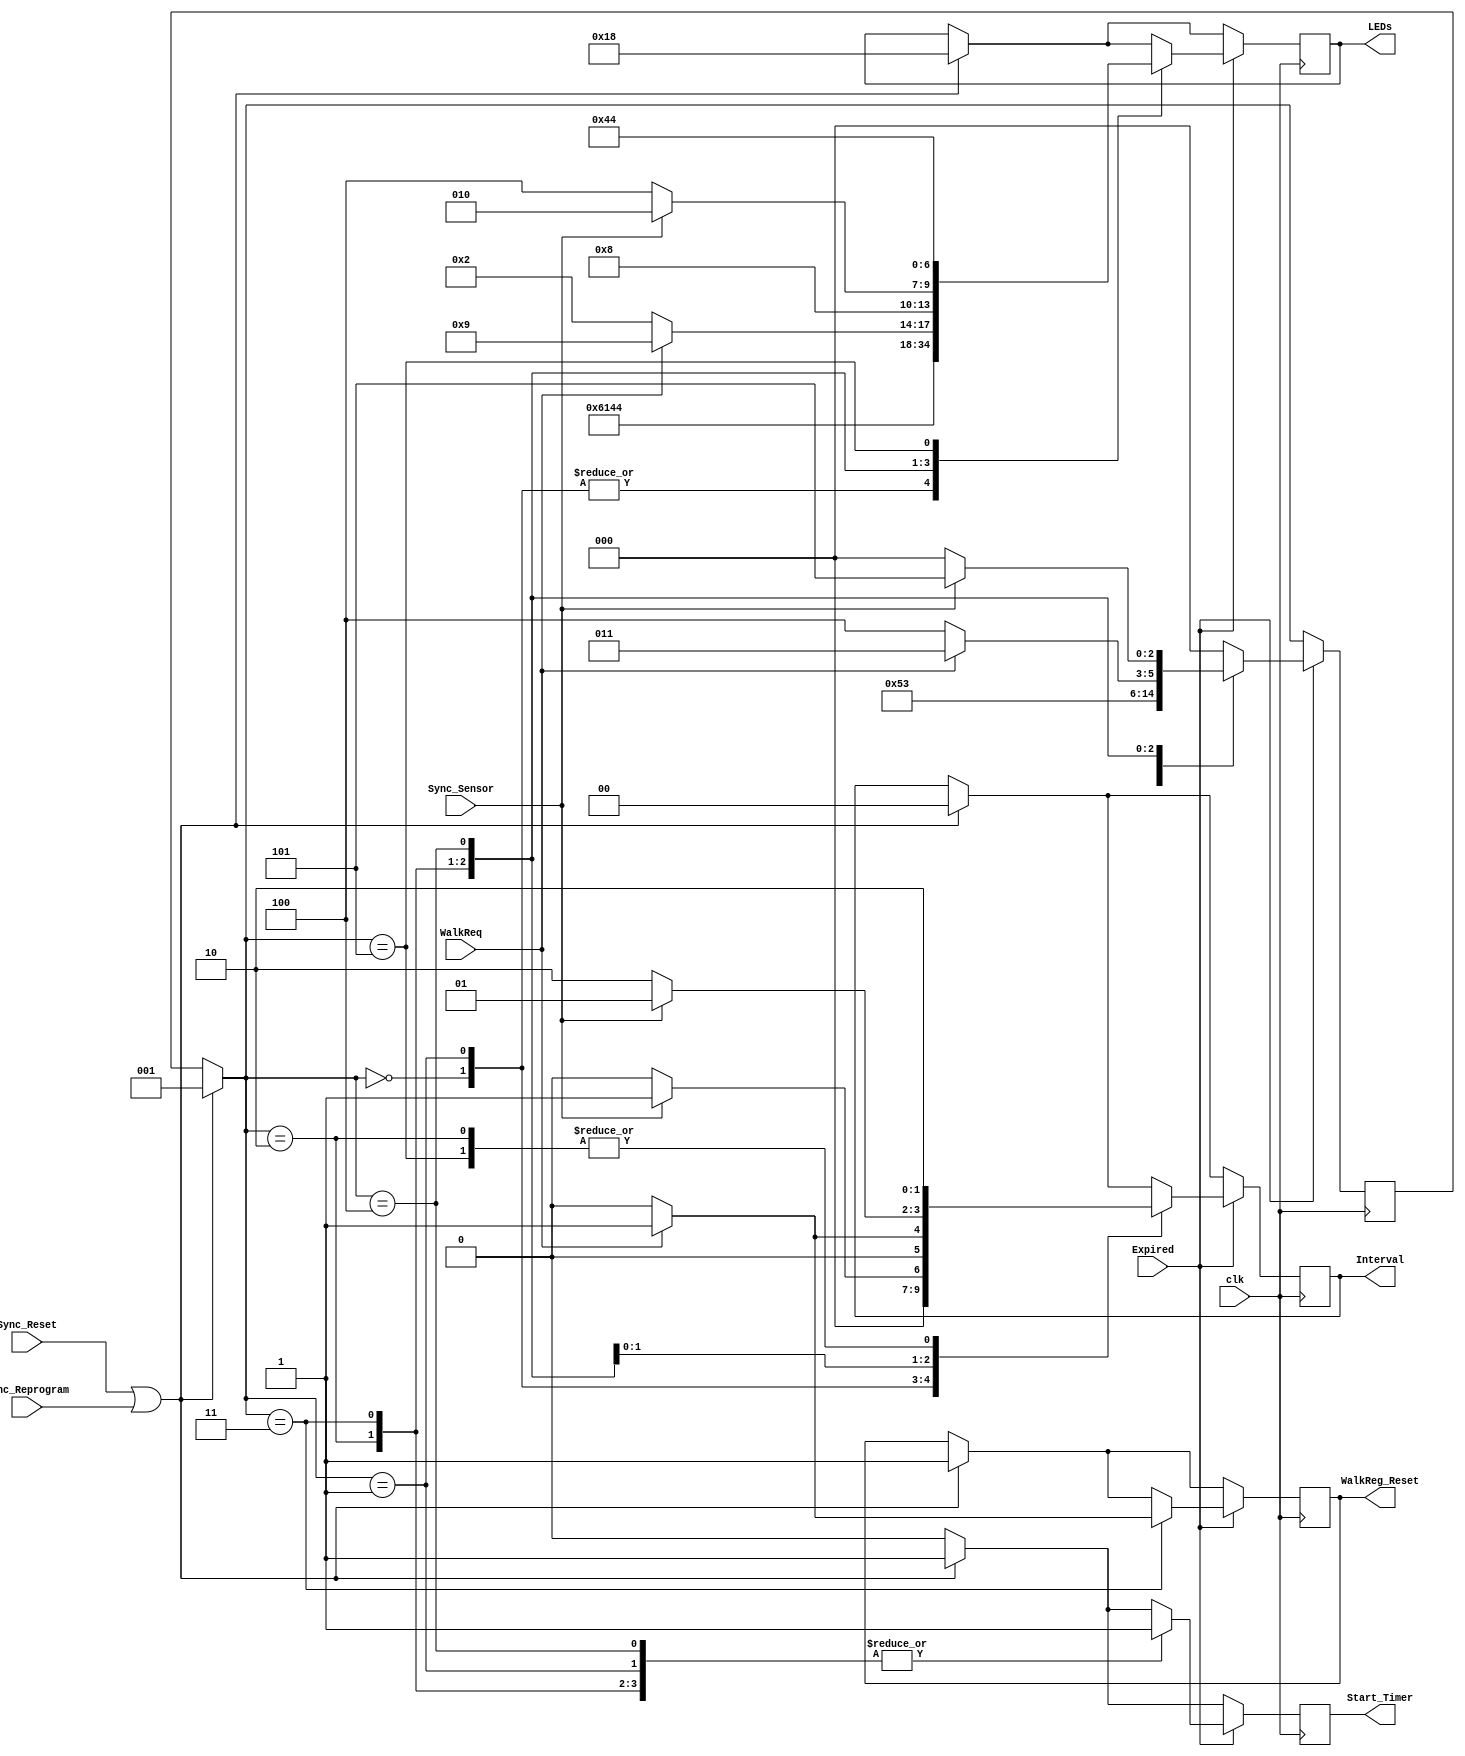
`timescale 1ns / 1ps
//////////////////////////////////////////////////////////////////////////////////
// Company: 
// Engineer: 
// 
// Design Name: 
// Module Name: FSM
// Project Name: 
// Target Devices: 
// Tool Versions: 
// Description: 
// 
// Dependencies: 
// 
// Revision:
// Revision 0.01 - File Created
// Additional Comments:
// 
//////////////////////////////////////////////////////////////////////////////////
// LED sequence  : [Rm,Ym,Gm,Rs,Ys,Gs,Walk]
module FSM(
    input Sync_Sensor,
    input WalkReq,
    input Expired,
    input Sync_Reprogram,
    input Sync_Reset,
    input clk,
    output reg WalkReg_Reset,
    output reg [6:0] LEDs,
    output reg [1:0] Interval,
    output reg Start_Timer
    );
	 
	 		
	reg [2:0] state;
	localparam Gm = 7'b0011000, //Main green
                Ym = 7'b0101000, //Main yellow
                Gs = 7'b1000010, //Side green
                Ys = 7'b1000100, //Side yellow
                Walk = 7'b1001001; //walk
	 
	always @(posedge clk) begin
        Start_Timer = 0;
        if (Sync_Reset | Sync_Reprogram) begin 
            WalkReg_Reset = 1;
            LEDs = Gm;
            Interval = 2'b00;
            
            Start_Timer=1;
            state = 1;
        end
    
        if (Expired) begin
            case (state)
                0: begin            // A 
                    LEDs = Gm;
                    Interval = 2'b00;
                    Start_Timer=1;
                    state = 1;
                   end
                1: begin            // B,  sencond time window
                    LEDs = Gm;
                    if (Sync_Sensor) Interval = 2'b01;
                    else Interval = 2'b00;
                    Start_Timer = 1;
                    state=2;
                   end
                2: begin            // C
                    LEDs = Ym;
                    Interval = 2'b10;
                    Start_Timer = 1;
                    state = 3;
                   end
                3: begin            // D,G
                    if (WalkReq) begin  //G
                        LEDs = Walk;
                        Interval = 2'b01;
                        WalkReg_Reset = 1;
                        Start_Timer = 1;
                        state = 3;
                        end
                    else begin         
                        LEDs = Gs;              //D
                        Interval = 2'b00;
                        Start_Timer = 1;
                        state = 4;
                        WalkReg_Reset = 0;
                    end
                    
                   end
                4: begin  // E,F
                    if (Sync_Sensor) begin          // E
                        LEDs = Gs;
                        Interval = 2'b01;
                        Start_Timer = 1;
                        state = 5;   
                    end else begin                 // F
                        LEDs = Ys;
                        Interval = 2'b10;
                        Start_Timer = 1;
                        state = 0; 
                    end    
                   end
                5: begin            // F
                    LEDs = Ys;
                    Interval = 2'b10;
                    Start_Timer = 1;
                    state = 0; 
                   end
                
                default: begin
                    state=0;
                   end
                   
            endcase
        end
    end
endmodule